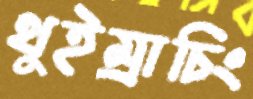
থুইম্রাচিং